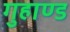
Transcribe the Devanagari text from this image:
गुहाण्ड